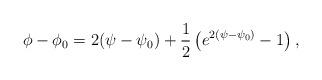
LaTeX: \begin{align*}\phi - \phi_0 = 2(\psi - \psi_0) + \frac{1}{2} \left( e^{2(\psi -\psi_0)} - 1 \right) , \end{align*}